Leaving Certificate Examination (including Day School Certificate (Higher) General paper), 1930
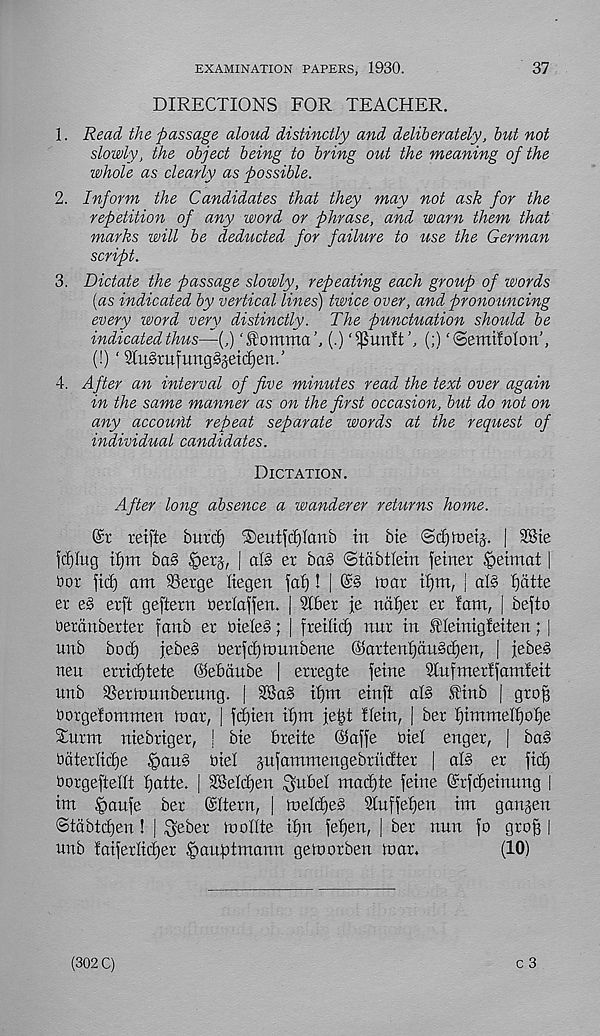
37
EXAMINATION PAPERS, 1930.
DIRECTIONS FOR TEACHER.
1. Read the passage aloud distinctly and deliberately, but not
slowly, the object being to bring out the meaning of the
whole as clearly as possible.
2. Inform the Candidates that they may not ask for the
repetition of any word or phrase, and warn them that
marks will be deducted for failure to use the German
script.
3. Dictate the passage slowly, repeating each group of words
[as indicated by vertical lines) twice over, and pronouncing
every word very distinctly. The punctuation should be
indicated thus—(,) ‘Homma’, (•)
(;) ‘©emifolon’,
(!) ‘ 2Iu§rufung§jetd)en.’
4. After an interval of five minutes read the text over again
in the same manner as on the first occasion, but do not on
any accouM repeat separate words at the request of
individual candidates.
Dictation.
After long absence a wanderer returns home.
reifte bur cl) ®eutfd)Ianb in bie
| SBte
fcijlug tf)m ba§ §er§, | aB er ba§ ©tabtlein fetner $etmat |
Dor fid) am Serge liegen fa^! |
ioar if)m, | aB f)atte
er e§ erft geftern betlaffen. | 9I6er je naffer er fam, | befto
berdnberter fanb er biele§; | freiftcf) nnr in fleinigfeiten; |
nub bod) jebe§ oerfdjtnnnbene ©arterd)an§d)en, | jebes
nen erricf)tete (Sebdube | erregte feme Slufmerlfamieit
unb Sertonnbernng. |
ifjm einft aB Tinb | grojf
borgefommen mar, | fd)ien iffm febt Ifein, | ber f)immeFf)o£)e
Snrm niebriger, ! bie breite @affe bief enger, | ba§
bdterficbe ^)an§ biel jufammengebriidter | aB er fid)
borgefteflt fjatte. | SBeldjen ^nbel mad)te feme Crfdfeiuung |
im §anfe ber ©Bern, | meld)e§ 9(uffel)cu im gangen
(Stdbtdjen! | $eber rooflte if)n fefjen, | ber nun fo grof) |
unb laiferlid^er Hauptmann gefuorben mar.
(10)